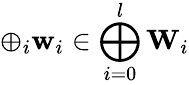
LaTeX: \oplus_{i}\mathbf{w}_{i}\in\bigoplus_{i=0}^{l}\mathbf{W}_{i}